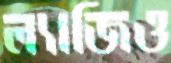
ল্যাজিও